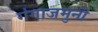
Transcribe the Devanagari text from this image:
गंगाजमुनी